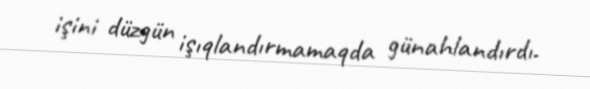
işini düzgün işıqlandırmamaqda günahlandırdı.